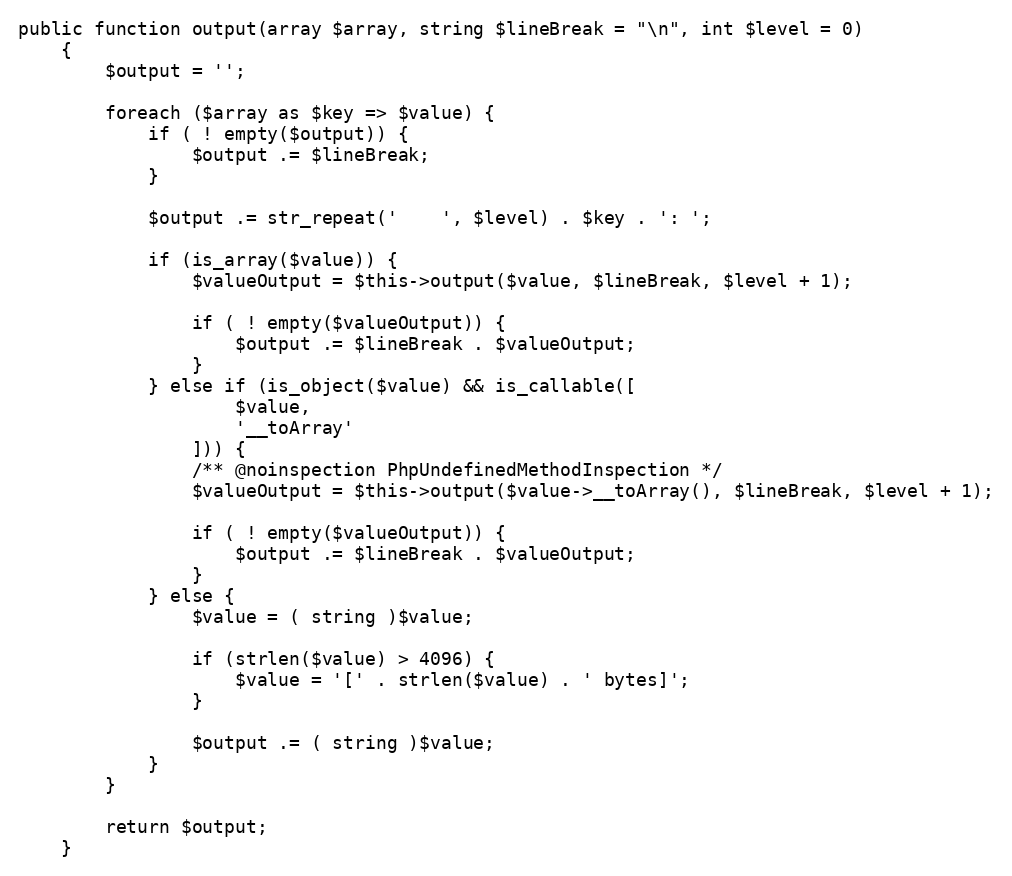
Language: PHP
public function output(array $array, string $lineBreak = "\n", int $level = 0)
    {
        $output = '';

        foreach ($array as $key => $value) {
            if ( ! empty($output)) {
                $output .= $lineBreak;
            }

            $output .= str_repeat('    ', $level) . $key . ': ';

            if (is_array($value)) {
                $valueOutput = $this->output($value, $lineBreak, $level + 1);

                if ( ! empty($valueOutput)) {
                    $output .= $lineBreak . $valueOutput;
                }
            } else if (is_object($value) && is_callable([
                    $value,
                    '__toArray'
                ])) {
                /** @noinspection PhpUndefinedMethodInspection */
                $valueOutput = $this->output($value->__toArray(), $lineBreak, $level + 1);

                if ( ! empty($valueOutput)) {
                    $output .= $lineBreak . $valueOutput;
                }
            } else {
                $value = ( string )$value;

                if (strlen($value) > 4096) {
                    $value = '[' . strlen($value) . ' bytes]';
                }

                $output .= ( string )$value;
            }
        }

        return $output;
    }